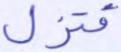
فتزل